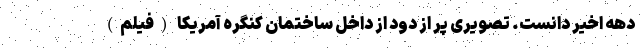
دهه اخیر دانست. تصویری پر از دود از داخل ساختمان کنگره آمریکا (فیلم)